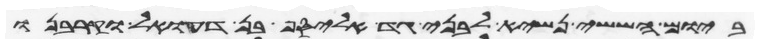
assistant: ביום הששי נשיא לבני גד אליסף בן דעואל וקרבנו